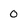
Character: 0